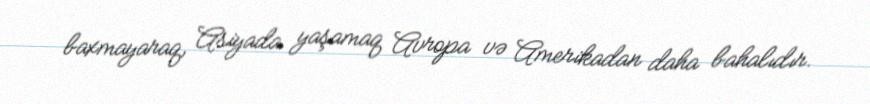
baxmayaraq, Asiyada yaşamaq Avropa və Amerikadan daha bahalıdır.